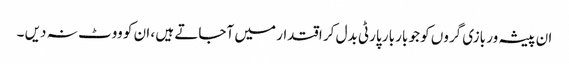
ان پیشہ ور بازی گروں کو جو بار بار پارٹی بدل کر اقتدار میں آجاتے ہیں ، ان کو ووٹ نہ دیں ۔